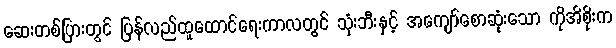
ဆေးတစ်ပြားတွင် ပြန်လည်ထူထောင်ရေးကာလတွင် သုံးဘီးနှင့် အကျော်စောဆုံးသော ကိုအိစိုးက